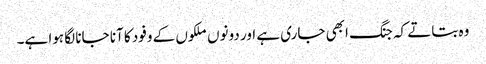
وہ بتاتے کہ جنگ ابھی جاری ہے اور دونوں ملکوں کے وفود کا آنا جانا لگا ہوا ہے۔